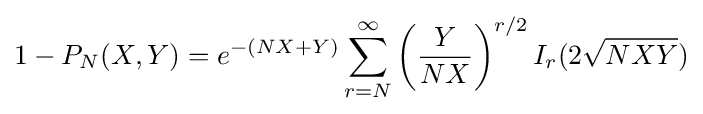
1-P_{N}(X,Y)=e^{-(NX+Y)}\sum _{r=N}^{\infty }\left({\frac {Y}{NX}}\right)^{r/2}I_{r}(2{\sqrt {NXY}})